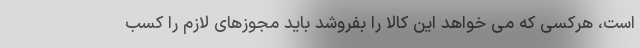
است، هرکسی که می ‌خواهد این کالا را بفروشد باید مجوزهای لازم را کسب